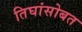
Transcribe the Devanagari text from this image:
तिघांसोबत